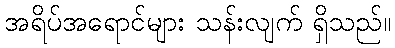
အရိပ်အရောင်များ သန်းလျက် ရှိသည်။